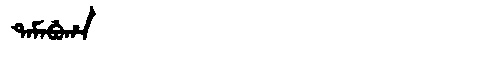
Manchu: ᡨᠠᠮᠠᠪᡠᡥᠠ
Romanization: TAMABUHA